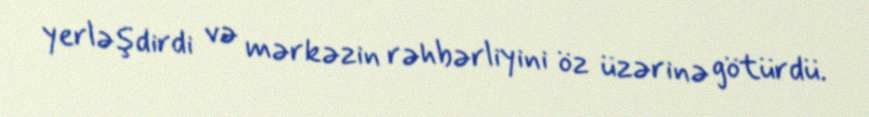
yerləşdirdi və mərkəzin rəhbərliyini öz üzərinə götürdü.